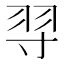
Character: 𦏽